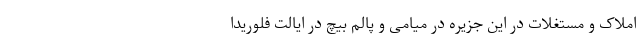
املاک و مستغلات در این جزیره در میامی و پالم بیچ در ایالت فلوریدا